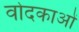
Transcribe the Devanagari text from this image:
वोदकाओं